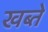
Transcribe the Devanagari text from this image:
खब्ते